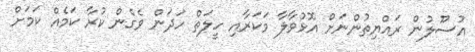
އުސޫލުން ރައްޔިތުންނަށް އޮޅުވާލާ މަކަރާއި ހީލަތް ހަދަން ވެގެން ކުރާ ކަމެއް ކަމަށް